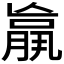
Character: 𮌩